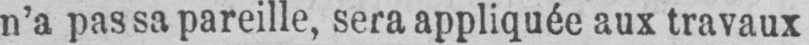
n’a pas sa pareille, sera appliquée aux travaux